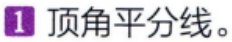
1 顶角平分线。